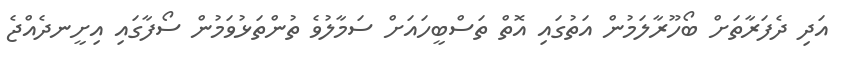
އަދި ދެފަރާތަށް ބޯހޫރާލަމުން އަތުގައި އޮތް ތަސްބީހައަށް ސަމާލުވެ ތުންތަޅުވަމުން ސޯފާގައި އިށީނދެއްޖެ